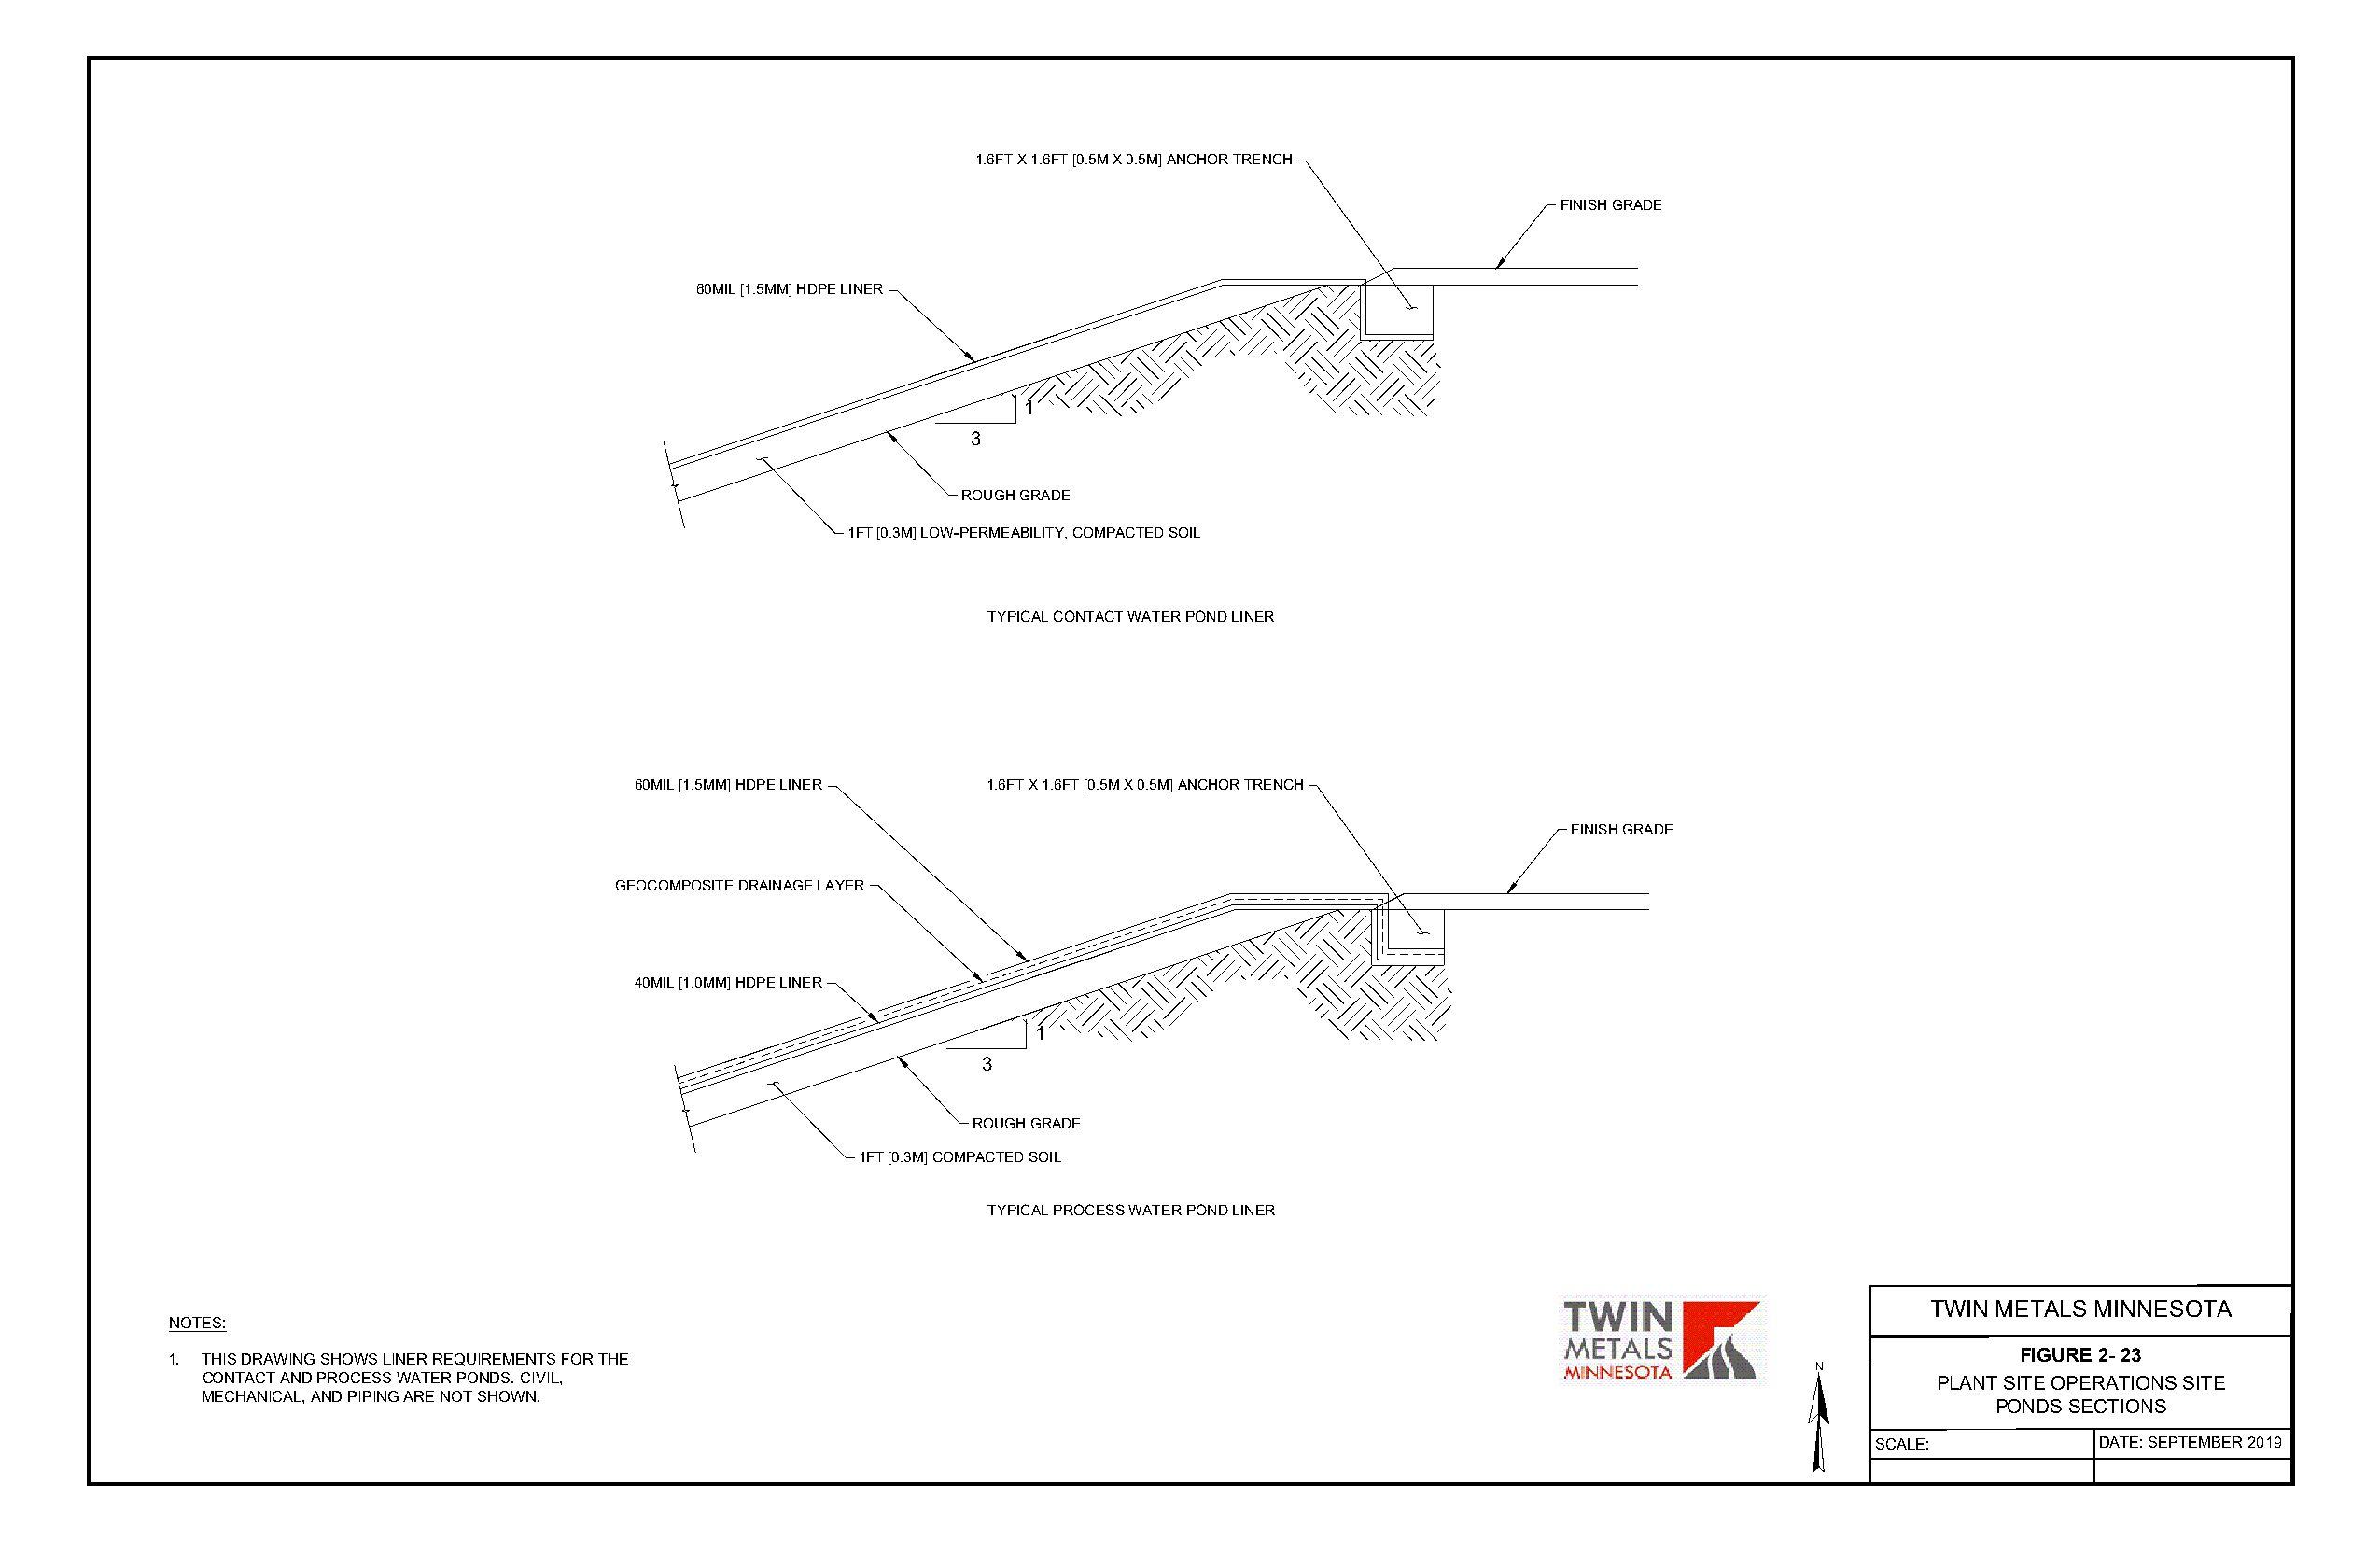
1.6FT X 1.6FT [0.5M X 0.5M] ANCHOR TRENCH
 FINISH GRADE
 60MIL [1.5MM] HDPE LINER
 1
 3
 ROUGH GRADE
 1FT [0.3M] LOW-PERMEABILITY, COMPACTED SOIL
 TYPICAL CONTACT WATER POND LINER
 60MIL [1.5MM] HDPE LINER 1.6FT X 1.6FT [0.5M X 0.5M] ANCHOR TRENCH
 FINISH GRADE
 GEOCOMPOSITE DRAINAGE LAYER
 40MIL [1.0MM] HDPE LINER
 1
 3
 ROUGH GRADE
 1FT [0.3M] COMPACTED SOIL
 TYPICAL PROCESS WATER POND LINER
 TWIN METALS MINNESOTA
 NOTES:
 1. THIS DRAWING SHOWS LINER REQUIREMENTS FOR THE                                                                                   FIGURE 2- 23
 N
 CONTACT AND PROCESS WATER PONDS. CIVIL,                                                                                    PLANT SITE OPERATIONS SITE
 MECHANICAL, AND PIPING ARE NOT SHOWN.
 PONDS SECTIONS
 SCALE:          DATE: SEPTEMBER 2019